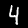
Digit: 4